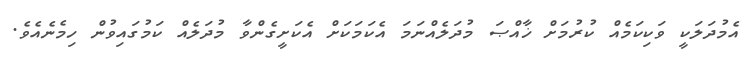
އެމުދަލަކީ ވަކިކަމެއް ކުރުމަށް ޚާއްޞަ މުދަލެއްނަމަ އެކަމަކަށް އެކަށީގެންވާ މުދަލެއް ކަމުގައިވުން ހިމެނެއެވެ.